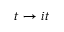
t \to i t